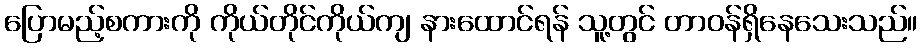
ပြောမည့်စကားကို ကိုယ်တိုင်ကိုယ်ကျ နားထောင်ရန် သူ့တွင် တာဝန်ရှိနေသေးသည်။